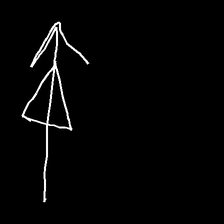
Glyph: pull